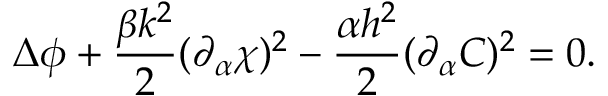
\Delta \phi + \frac { \beta k ^ { 2 } } { 2 } ( \partial _ { \alpha } \chi ) ^ { 2 } - \frac { \alpha h ^ { 2 } } { 2 } ( \partial _ { \alpha } C ) ^ { 2 } = 0 .